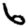
Digit: 6